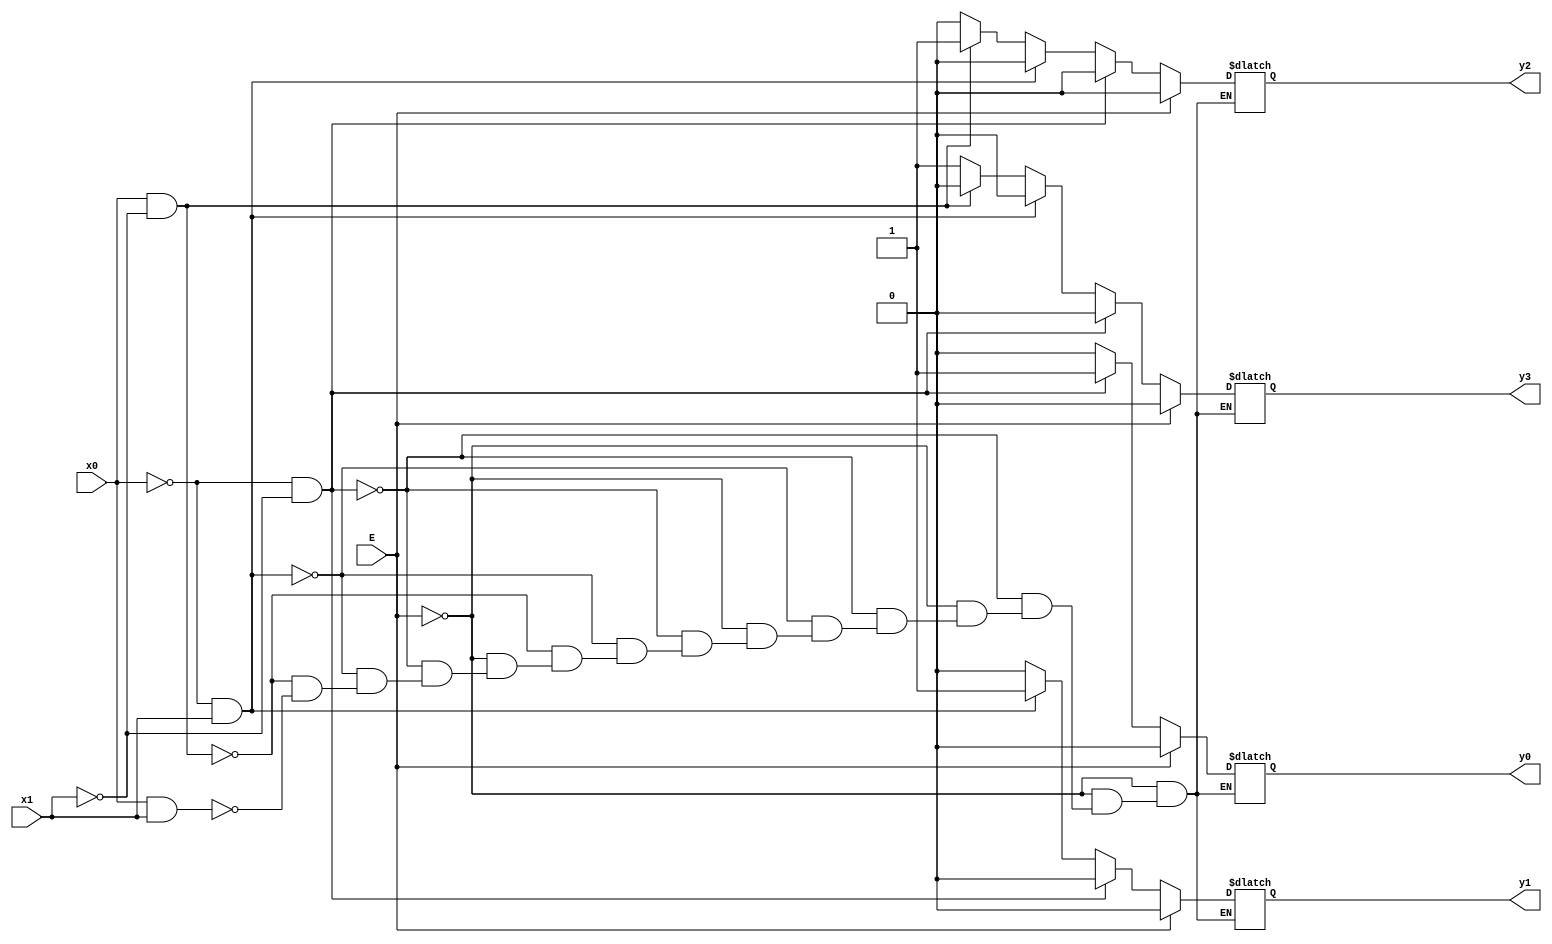
module decoder(x0,x1,E,y0,y1,y2,y3);
input x0,x1,E;
output reg y0,y1,y2,y3;

always @(x0 or x1 or E)
	if(E == 1) begin
		y0 = 0;y1 = 0;y2 = 0;y3 = 0;
	end
	else begin
		if(x0 == 0&x1 == 0)begin
			y0 = 1;y1 = 0;y2 = 0;y3 = 0;
		end
		else if(x0 == 0&x1 == 1)begin
			y0 = 0;y1 = 1;y2 = 0;y3 = 0;
		end
		else if(x0 == 1&x1 == 0)begin
			y0 = 0;y1 = 0;y2 = 1;y3 = 0;
		end
		else if(x0 == 1&x1 == 1)begin
			y0 = 0;y1 = 0;y2 = 0;y3 = 1;
		end
	end


endmodule